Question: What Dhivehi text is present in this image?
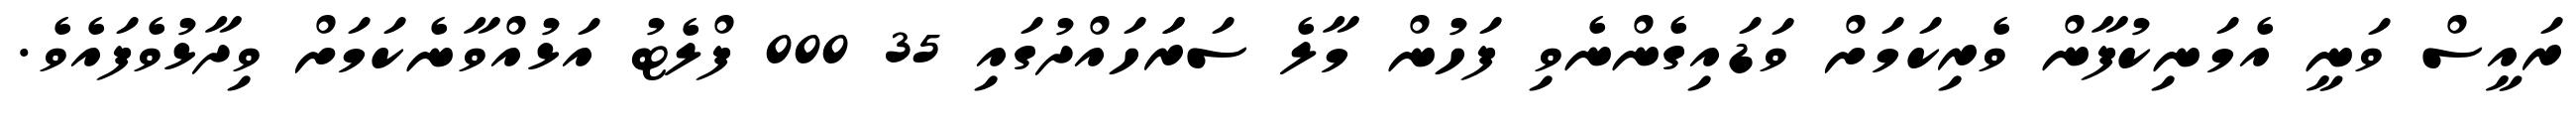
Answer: ރައީސް ވަނީ އެމަނިކުފާން ވެރިކަމަށް ވަޑައިގެންނެވި ފަހުން މާލެ ސަރަަހައްދުގައި 35 000 ފްލެޓު އަޅުއްވާނެކަމަށް ވިދާޅުވެފައެވެ.